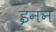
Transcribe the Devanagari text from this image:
इनन